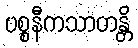
ပစ္စနီကသာတန္တိ